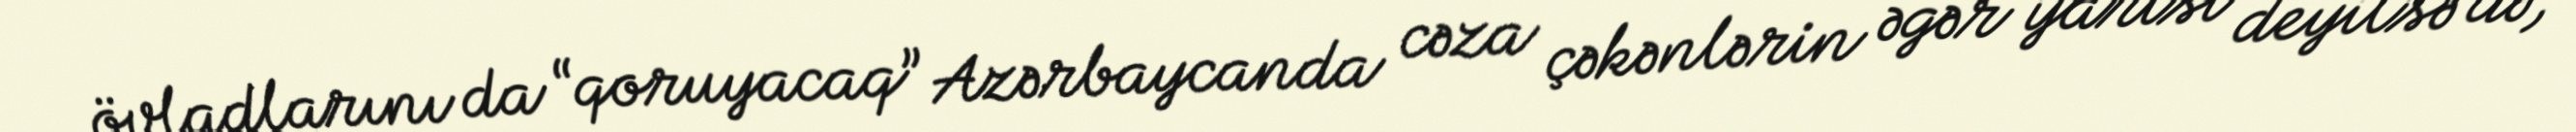
övladlarını da “qoruyacaq” Azərbaycanda cəza çəkənlərin əgər yarısı deyilsə də,